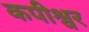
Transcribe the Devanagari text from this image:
कपीश्वर